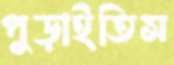
পুড়াইতিস